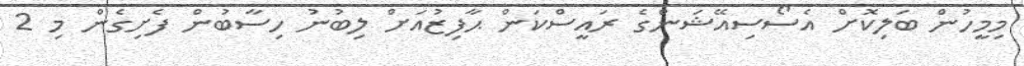
މިމީހުން ބަލިކޮށް އެސޯސިއޭޝަންގެ ރައީސްކަން ޙާފިޒުއަށް ލިބުނު ހިސާބުން ފެށިގެން މި 2